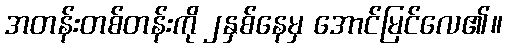
အတန်းတစ်တန်းကို ၂နှစ်နေမှ အောင်မြင်လေ၏။